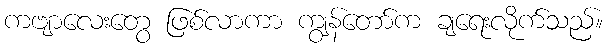
ကဗျာလေးတွေ ဖြစ်လာကာ ကျွန်တော်က ချရေးလိုက်သည်။